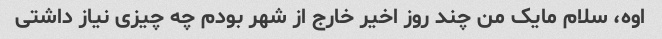
اوه، سلام مایک من چند روز اخیر خارج از شهر بودم چه چیزی نیاز داشتی